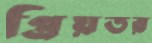
প্রিয়তর